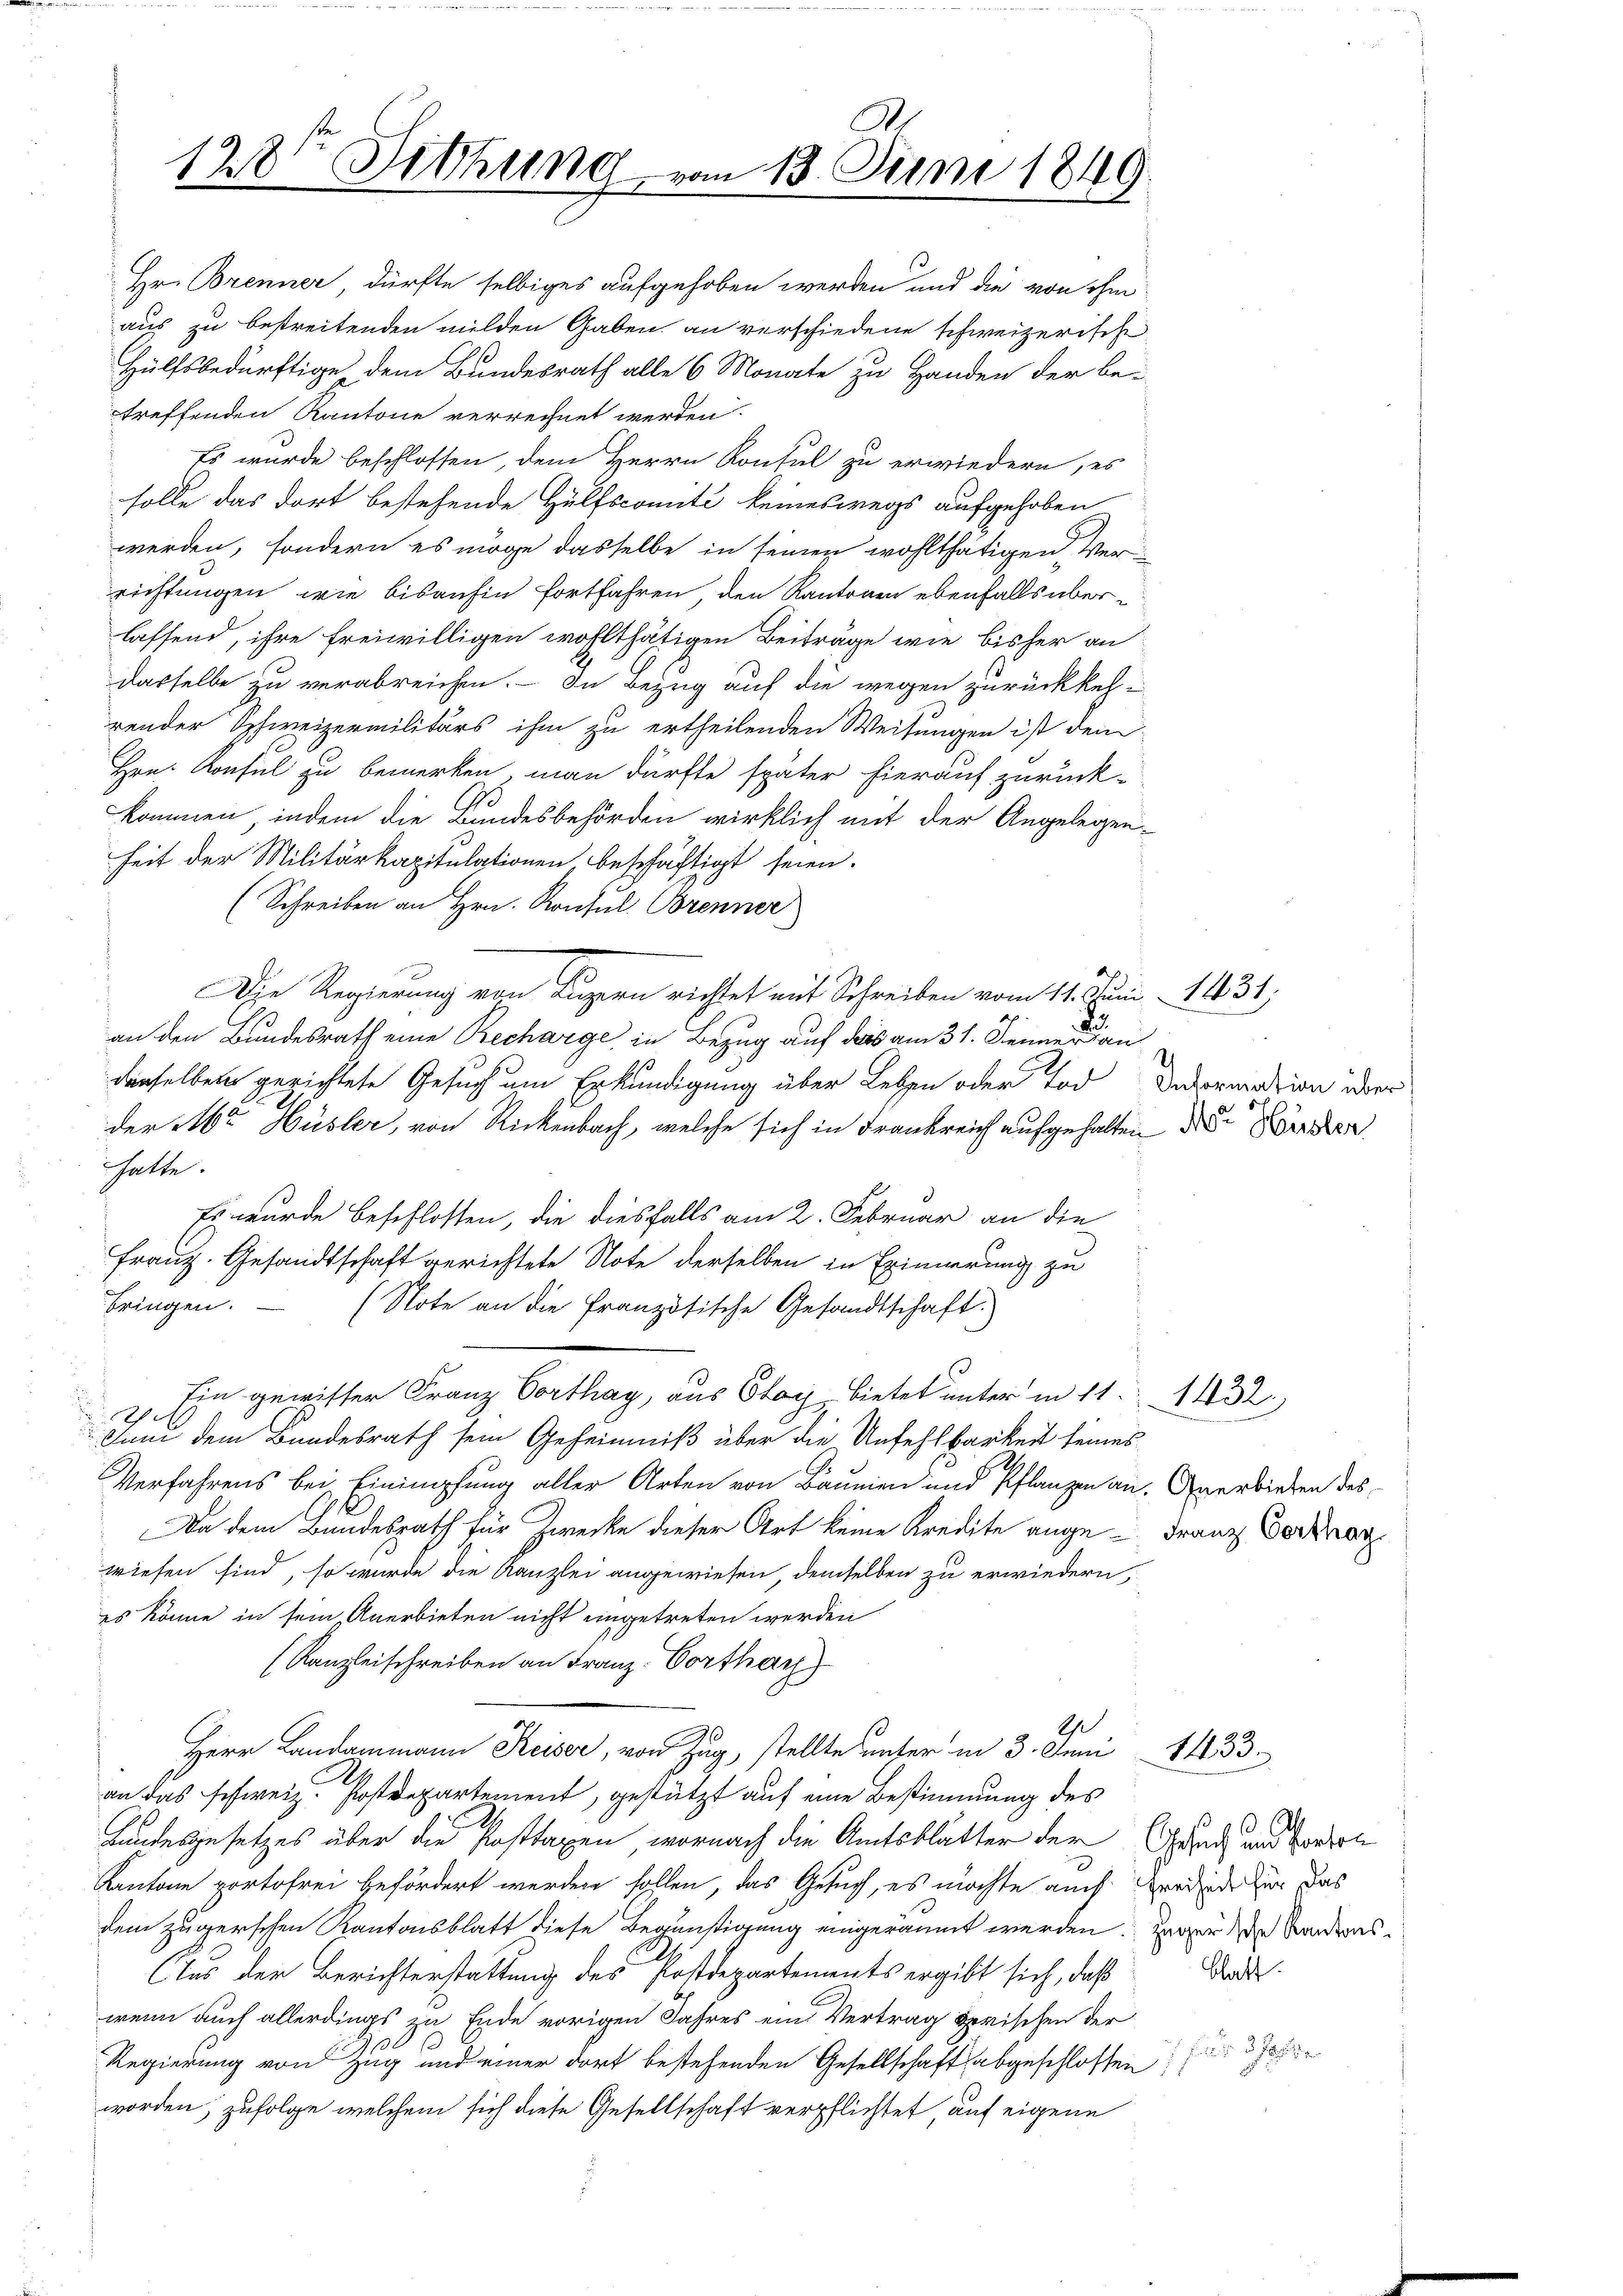
J
128 Setzung vom 13. Juni 1849.

Hr. Brenner, dürfte selbiges aufgehoben werden und die von ihm
aus zu bestreitenden milden Gaben an verschiedene schweizerische
Hülfsbedürftige dem Bundesrath alle 6 Monate zu Handen der be-
treffenden Kantone verrechnet werden.
Es wurde beschlossen, dem Herrn Konsul zu erwiedern, es
solle das dort bestehende Hülfscomité keineswegs aufgehoben
werden, sondern es möge dasselbe in seinen wohlthätigen Ver
richtungen, wie bisanhin fortfahren, den Kantonen ebenfalls überlassend, ihre freiwilligen wohlthätigen Beiträge wie bisher an
dasselbe zu verabreichen. – In Bezug auf die wegen zurückkehrender Schweizermilitärs ihm zu ertheilenden Weisungen ist dem
Hrn. Konsul zu bemerken, man dürfte später hierauf zurück-
95
kommen, indem die Bundesbehörden wirklich mit der Angelegenheit der Militärkapitulationen, beschäftigt seien.
(Schreiben an Hrn. Konsul Brenner
Die Regierung von Luzern richtet mit Schreiben vom 11. Juni 1431,
an den Bundesrath eine Becharge in Bezug auf das am 31. Jennern
denselben gerichtete Gesuch um Erkundigung über Leben oder Tod Decormation über
der Abr Hüsler, von Rickenbach, welche sich in Frankreich aufgehalten der Kinden
hatte.
Es wurde beschlossen, die diesfalls am 2. Februar an die
Franz. Gesandtschaft gerichtete Note derselben in Eximierung zu
bringen.
(Note an die Französische Gesandtschaft.
Ein gewisser Franz Vorthag, aus Stoy, bietet unter in 11. 1132
e
Juni dem Bundesrath sein Geheimniß über die Unfehlbarkeit seines
Verfahrens bei Einimpfung aller Arten von Bäumen und Pflanzen an. Anerbieten des
Da dem Bundesrath für Zwecke dieser Art keine Kredite ange-Franz Verkan
wiesen sind, so wurde die Kanzlei angewiesen, demselben zu erwiedern,
es könne in sein Anerbieten nicht eingetreten werden
(Kanzleischreiben an Franz-Corthar
G
Herr Landammann Keiser, von Zug, stellte unter in 3. Juni
an das schweiz. Postdepartement, gestützt auf eine Bestimmung des
Landesgesetzes über die Posttaxen wornach die Amtsblätter der Grad und den
Kantone portofrei befördert werden sollen, das Gesuch, es möchte auch redende für das
dem zugerschen Kantonsblatt diese Begünstigung eingeräumt werden. Zuger die Handeres¬
Aus der Berichterstattung des Postdepartements ergibt sich, daß
wenn auch allerdings zu Ende vorigen Jahres ein Vertrag zerischen der
Regierung von Zug und einer dort bestehenden Gesellschaft abgeschlossen
worden, zufolge welchem sich diese Gesellschaft verpflichtet auf eigene

1433.

Schaft.